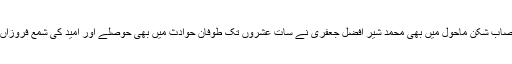
ا س اعصاب شکن ماحول میں بھی محمد شیر افضل جعفری نے سات عشروں تک طوفان حوادث میں بھی حوصلے اور امید کی شمع فروزاں رکھی۔